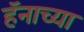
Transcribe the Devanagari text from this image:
हॅनाच्या